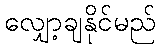
လျှော့ချနိုင်မည်